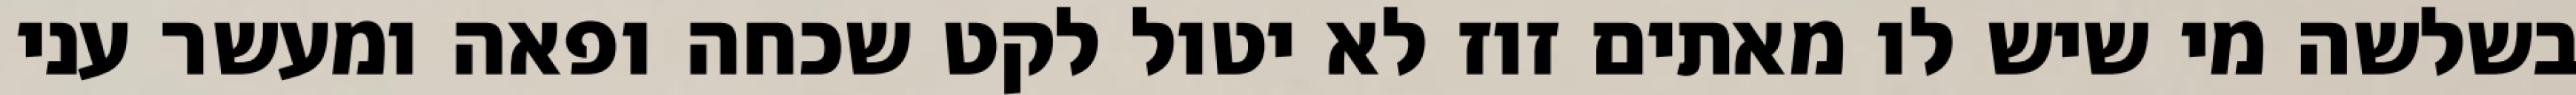
בשלשה מי שיש לו מאתים זוז לא יטול לקט שכחה ופאה ומעשר עני